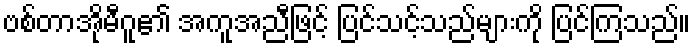
ဗစ်တာအိုမီဂူ၏ အကူအညီဖြင့် ပြင်သင့်သည်များကို ပြင်ကြသည်။